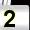
Digit: 2